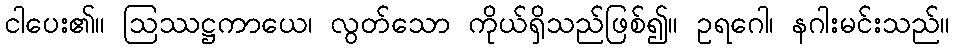
ငါပေး၏။ ဩဿဋ္ဌကာယေ၊ လွတ်သော ကိုယ်ရှိသည်ဖြစ်၍။ ဥရဂေါ၊ နဂါးမင်းသည်။